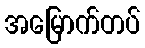
အမြောက်တပ်